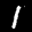
Label: 1